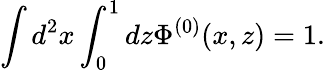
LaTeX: \int d^{2}x\int_{0}^{1}dz\Phi^{(0)}(x,z)=1.